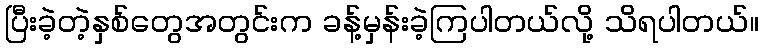
ပြီးခဲ့တဲ့နှစ်တွေအတွင်းက ခန့်မှန်းခဲ့ကြပါတယ်လို့ သိရပါတယ်။